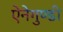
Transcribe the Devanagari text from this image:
ऐनेगुण्डी